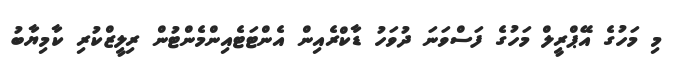
މި މަހުގެ އޭޕްރީލް މަހުގެ ފަސްވަނަ ދުވަހު ޑާކްރެއިން އެންޓަޓެއިންމެންޓުން ރިލީޒްކުރި ކާމިޔާބު